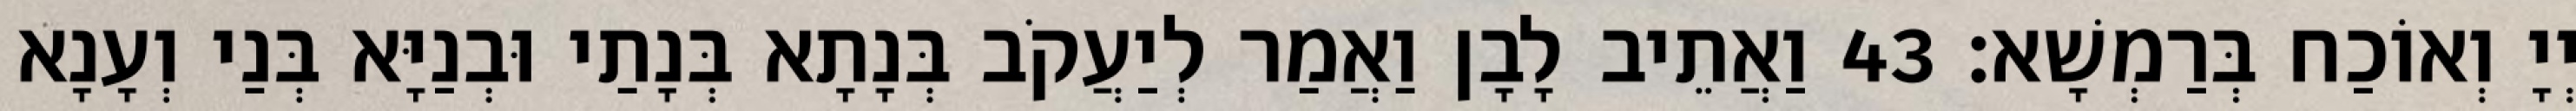
יְיָ וְאוֹכַח בְּרַמְשָׁא׃ 43 וַאֲתֵיב לָבָן וַאֲמַר לְיַעֲקֹב בְּנָתָא בְּנָתַי וּבְנַיָּא בְּנַי וְעָנָא